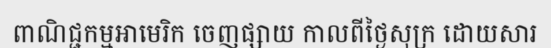
ពាណិជ្ជកម្មអាមេរិក ចេញផ្សាយ កាលពីថ្ងៃសុក្រ ដោយសារ